Papers set at the Examination for Leaving Certificates, 1889
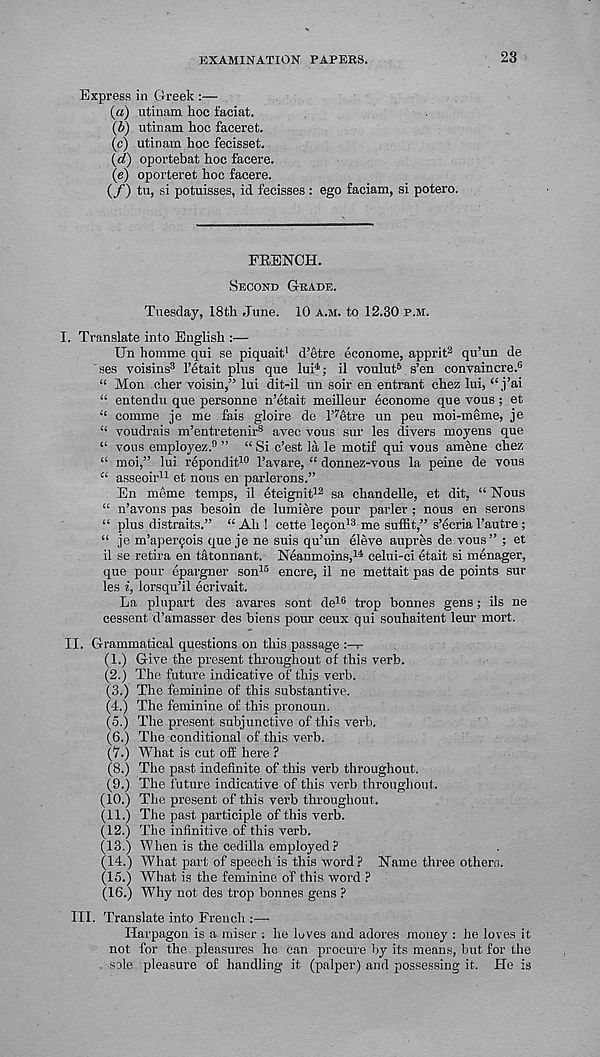
EXAMINATION PAPERS.
23
Express in Greek :—
(a) utinam hoc facial.
(b) utinam hoc faceret.
(e) utinam hoc fecisset.
(d) oportebat hoc facere.
(e) oporteret hoc facere.
(/') tu, si potuisses, id fecisses : ego faciam, si potero.
FRENCH.
SECOND GRADE.
Tuesday, 18th June. 10 A.M. to 12.30 P.M.
I. Translate into English :—
Un homme qui se piquait 1 d’etre econome, apprit 2 qu’un de
ses voisins 3 1’etait plus que lui 4 ; il voulut 6 s’en convaincre. 6
“ Mon cher voisin,” lui dit-il un soir en entrant chez lui, “ j’ai
“ entendn que personne n’etait meilleur econome que vous; et
“ comme je me fais gloire de r 7 6tre un peu moi-meme, je
“ voudrais m’entretenir 8 avec vous sur les divers moyens que
“ vous employez. 0 ” “ Si c’est la le motif qui vous amene chez
“ inoi,” lui repondit 10 1’avare, “ donnez-vous la peine de vous
“ asseoir 11 et nous en parlerons.”
En meme temps, il eteignit 12 sa chandelle, et dit, “ Nous
“ n’avons pas hesoin de lumiere pour parler ; nous en serons
“ plus distraits.” “Ah ! cette legon 13 me suffit,” s’ecria 1’autre ;
“ je m’apercois que je ne suis qu’un eleve aupres de vous” ; et
il se retira en tatonnant. Neanmoins, 14 celui-ci etait si menager,
que pour epargner son 15 encre, il ne mettait pas de points sur
les i, lorsqu’il ecrivait.
La plupart des avares sont de 16 trop bonnes gens; ils ne
cessent d’amasser des biens pour ceux qui souhaitent leur mort.
II. Grammatical questions on this passage
(1.) Give the present throughout of this verb.
(2.) The future indicative of this verb.
(3.) The feminine of this substantive.
(4.) The feminine of this pronoun.
(5.) The present subjunctive of this verb,
(6.) The conditional of this verb.
(7.) What is cut off here ?
(8.) The past indefinite of this verb throughout.
(9.) The future indicative of this verb throughout.
(10.) The present of this verb throughout.
(11.) The past participle of this verb.
(12.) The infinitive of this verb.
(13.) When is the cedilla employed?
(14.) What part of speech is this word? Name three others.
(15.) What is the feminine of this word ?
(16.) Why not des trop bonnes gens ?
III.
Translate into French :—
Harpagon is a miser : he Wes and adores money : he loves it
not for the pleasures he can procure by its means, but for the
- sole pleasure of handling it (palper) and possessing it. He is